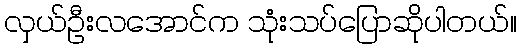
လှယ်ဦးလအောင်က သုံးသပ်ပြောဆိုပါတယ်။